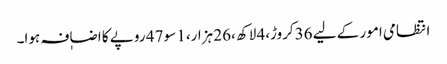
انتظامی امور کے لیے 36کروڑ،4 لاکھ ،26 ہزار،1 سو 47 روپے کا اضاٖفہ ہوا۔